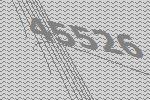
45526